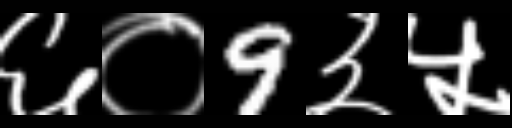
Text: ६०9३५